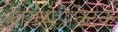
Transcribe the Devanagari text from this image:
कायरोप्रैक्टिक